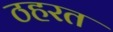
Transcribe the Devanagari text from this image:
ठहरत